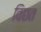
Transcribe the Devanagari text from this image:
विछत